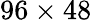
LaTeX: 96\times 48